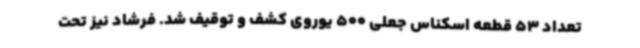
تعداد 53 قطعه اسکناس جعلی 500 یوروی کشف و توقیف شد. فرشاد نیز تحت